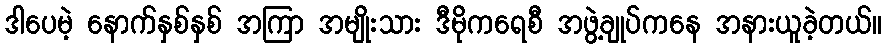
ဒါပေမဲ့ နောက်နှစ်နှစ် အကြာ အမျိုးသား ဒီမိုကရေစီ အဖွဲ့ချုပ်ကနေ အနားယူခဲ့တယ်။